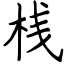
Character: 桟